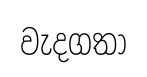
වැදගතා